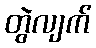
တွဲလျက်